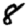
Digit: 8